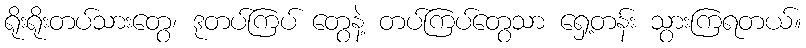
ရိုးရိုးတပ်သားတွေ၊ ဒုတပ်ကြပ် တွေနဲ့ တပ်ကြပ်တွေသာ ရှေ့တန်း သွားကြရတယ်။